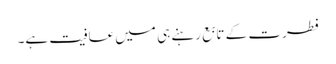
فطرت کے تابع رہنے ہی میں عافیت ہے۔